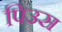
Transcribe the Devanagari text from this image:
पिउस